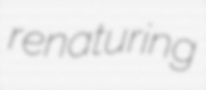
renaturing